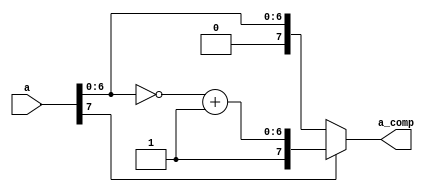
//2022-05-16  
//

`timescale 1 ns/10 ps 
module comp_conv(a,a_comp  );

input [7:0]  a;

output[7:0]  a_comp;

wire[6:0]   b ;//

wire[7:0]   y ;//

assign b=~a[6:0];

assign y[6:0]=b+1;

assign y[7]=a[7]; //

assign a_comp =a[7]?y:a;//

endmodule